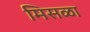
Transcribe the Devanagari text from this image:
मिसळा